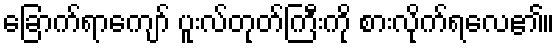
ခြောက်ရာကျော် ပူးလ်တုတ်ကြီးကို စားလိုက်ရလေ၏။